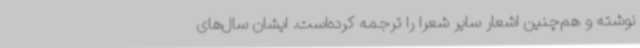
نوشته‌ و هم‌چنین اشعار سایر شعرا را ترجمه کرده‌است. ایشان سال‌های